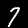
Digit: 7